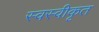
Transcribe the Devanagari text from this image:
स्वस्वीकृत